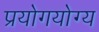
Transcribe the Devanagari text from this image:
प्रयोगयोग्य